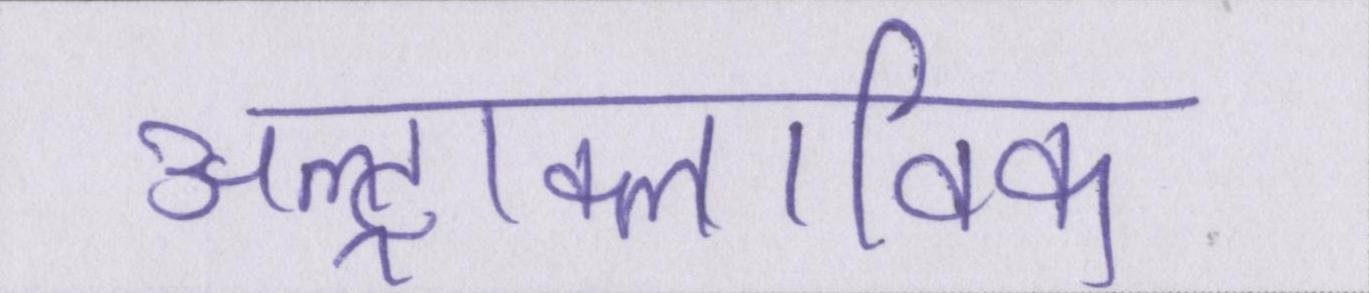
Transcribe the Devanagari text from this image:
अल्ट्राक्लाविक